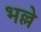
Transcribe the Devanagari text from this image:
भल्ले